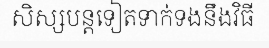
សិស្សបន្តទៀតទាក់ទងនឹងវិធី